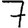
Digit: 7